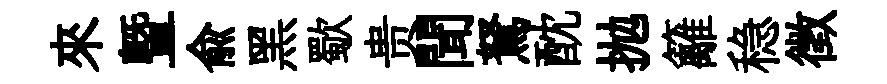
來暨俞黑歜贵聞駑酖抛籬稳徵